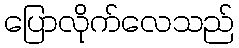
ပြောလိုက်လေသည်